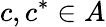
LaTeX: c,c^{*}\in A